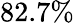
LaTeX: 82.7\%